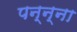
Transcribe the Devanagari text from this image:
पन्‍न्‍ना